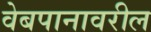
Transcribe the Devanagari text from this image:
वेबपानावरील